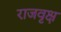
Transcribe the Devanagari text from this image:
राजवृक्ष